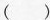
（）